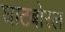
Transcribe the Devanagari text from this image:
घाटबोरल